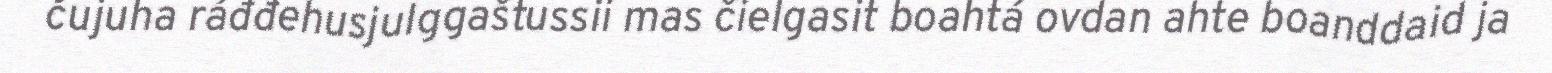
čujuha ráđđehusjulggaštussii mas čielgasit boahtá ovdan ahte boanddaid ja